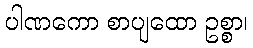
ပါဏကော စာပျထော ဥစ္စာ၊